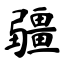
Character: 疆